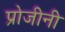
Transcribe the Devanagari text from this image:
प्रोजीनी